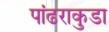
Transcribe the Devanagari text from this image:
पांढराकुडा